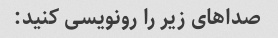
صداهای زیر را رونویسی کنید: